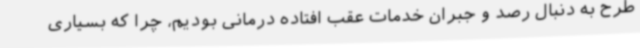
طرح به دنبال رصد و جبران خدمات عقب افتاده درمانی بودیم، چرا که بسیاری